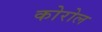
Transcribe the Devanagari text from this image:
कोरोल